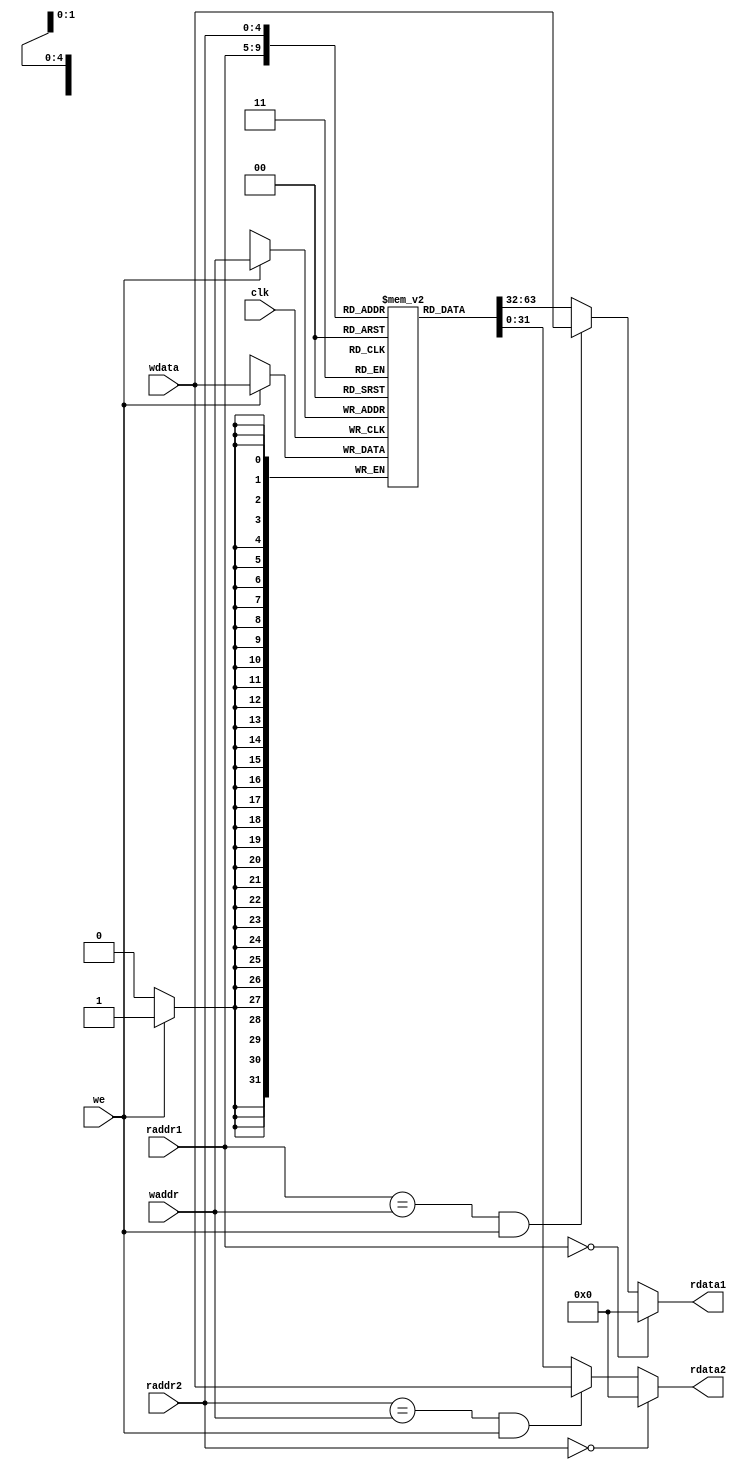
module regfile (clk, we, raddr1, raddr2, waddr, wdata,
                rdata1, rdata2);

    input  wire clk, we;
    input  wire [4:0] raddr1, raddr2, waddr;
    input  wire [31:0] wdata;
    output wire [31:0] rdata1, rdata2;

    reg [31:0] regs [31:0];

    assign rdata1 = raddr1 == 'b0 ? 32'b0 :
                    raddr1 == waddr && we ? wdata : regs[raddr1];

    assign rdata2 = raddr2 == 'b0 ? 32'b0 :
                    raddr2 == waddr && we ? wdata : regs[raddr2];

    always @ (posedge clk) begin
        if (we) regs[waddr] <= wdata;
    end
endmodule

module alunit (enable, op, a, b, result, resout);
    input wire enable;
    input wire [3:0] op;
    input wire [31:0] a, b;

    output reg [31:0] result;
    output reg resout;

    always @ (enable) begin
        if (!enable) begin
            resout = 'b0;
        end else begin
            case (op)
                4'b0000: begin // ADD
                    result = a + b;
                    resout = 'b1;
                end
                4'b1000: begin // SUB
                    result = a - b;
                    resout = 'b1;
                end
                4'b0001: begin // SLL
                    result = a << b;
                    resout = 'b1;
                end
                4'b0010: begin // SLT
                    result = {31'b0, $signed(a) < $signed(b)};
                    resout = 'b1;
                end
                4'b0011: begin // SLTU
                    result = a < b;
                    resout = 'b1;
                end
                4'b0100: begin // XOR
                    result = a ^ b;
                    resout = 'b1;
                end
                4'b0101: begin // SRL
                    result = a >> b;
                    resout = 'b1;
                end
                4'b1101: begin // SRA
                    result = a >>> b;
                    resout = 'b1;
                end
                4'b0110: begin // OR
                    result = a | b;
                    resout = 'b1;
                end
                4'b0111: begin // AND
                    result = a & b;
                    resout = 'b1;
                end
                default: resout = 'b0;
            endcase
        end
    end
endmodule

module BranchUnit (enable, op, a, b, resout);
    input wire enable;
    input wire [3:0] op;
    input wire [31:0] a, b;

    output reg resout;

    always @ (enable) begin
        if (!enable) begin
            resout = 'b0;
        end else begin
            case (op)
                4'b0000: begin // BEQ
                    resout = a == b;
                end
                4'b0001: begin // BNE
                    resout = a != b;
                end
                4'b0100: begin // BLT
                    resout = $signed(a) < $signed(b);
                end
                4'b0101: begin // BGE
                    resout = $signed(a) >= $signed(b);
                end
                4'b0110: begin // BLTU
                    resout = a < b;
                end
                4'b0111: begin // BGEU
                    resout = a >= b;
                end
                default: resout = 'b0;
            endcase
        end
    end
endmodule

module cpu (clk, reset);
    input wire clk;
    input wire reset;

    reg [31:0] memory [4096:0];
    reg [31:0] pc;
    reg [31:0] ins;
    reg writeenable;

    wire [4:0] readaddr1, readaddr2;
    reg  [4:0] writeaddr;
    reg  [31:0] writedata;
    wire [31:0] readdata1, readdata2;

    wire [6:0] opcode;
    wire [2:0] funct3;
    wire [6:0] funct7;
    wire [4:0] rs1;
    wire [4:0] rs2;
    wire [4:0] rd;
    wire [11:0] i_imm;
    wire [19:0] u_imm;

    reg [3:0] op;
    reg [31:0] l_operand, r_operand;

    reg aluenable;
    wire aluout;
    wire [31:0] res;

    reg [11:0] bimm;
    reg branchenable;
    wire branchout;

    reg [1:0] writeback;
    reg [31:0] wbval;

    regfile iregs (
        .clk (clk),
        .we  (writeenable),
        .raddr1 (readaddr1),
        .raddr2 (readaddr2),
        .waddr (writeaddr),
        .wdata (writedata),
        .rdata1 (readdata1),
        .rdata2 (readdata2)
    );

    alunit alu (
        .enable (aluenable),
        .a (l_operand),
        .b (r_operand),
        .result (res),
        .op (op),
        .resout (aluout)
    );

    BranchUnit bu (
        .enable (branchenable),
        .a (l_operand),
        .b (r_operand),
        .op (op),
        .resout (branchout)
    );

    assign opcode = ins[6:0];
    assign rd     = ins[11:7];
    assign funct3 = ins[14:12];
    assign rs1    = ins[19:15];
    assign rs2    = ins[24:20];
    assign funct7 = ins[31:25];
    assign i_imm  = ins[31:20];
    assign u_imm  = ins[31:12];

    assign readaddr1 = rs1;
    assign readaddr2 = rs2;

    integer i;
    always @ (posedge clk) begin

        // -- FETCH --

        if (reset) begin
            pc <= 32'b0;
            writeenable <= 'b0;
            aluenable <= 'b0;
            for (i = 0; i < 32; i = i + 1) begin
                iregs.regs[i] = 32'b0;
            end
        end else begin
            writeenable <= 0;
            ins <= memory[pc];
            pc  <= pc + 1;
        end

        // -- DECODE --

        case (opcode)
            7'b0110011: begin // R
                l_operand = readdata1;
                r_operand = readdata2;
                op = (funct7 >> 2) + funct3;
                aluenable = 'b1;
                writeback = 2'b1;
            end
            7'b0010011: begin // I
                l_operand = readdata1;
                r_operand = i_imm;
                op = funct3;
                aluenable = 'b1;
                writeback = 2'b1;
            end
            7'b0000011: begin // LOAD
                l_operand = readdata1;
                r_operand = i_imm;
                op = 4'b0;
                aluenable = 'b1;
                writeback  = 2'b11;
            end
            7'b0100011: begin // S
                l_operand = readdata1;
                r_operand = { {20{funct7[6]}}, funct7[6:0], rd};
                op = 4'b0;
                aluenable = 'b1;
                writeback = 2'b0;
            end
            7'b0110111: begin // LUI
                l_operand = u_imm << 12;
                r_operand = 32'b0;
                op = 4'b0;
                aluenable = 'b1;
                writeback = 2'b1;
            end
            7'b0010111: begin // AUIPC
                l_operand =  u_imm << 12;
                r_operand = pc-1;
                op = 4'b0;
                aluenable = 'b1;
                writeback = 2'b1;
            end
            7'b1100011: begin // B
                l_operand = readdata1;
                r_operand = readdata2;
                op = {1'b0, funct3};
                bimm = {ins[31], ins[7], ins[30:25], ins[11:8]};
                branchenable = 'b1;
                writeback = 2'b0;
            end
            7'b1101111: begin // JAL
                l_operand = {ins[31], ins[19:12], ins[21:20], ins[30:21], 12'b0};
                r_operand = pc-1;
                op = 4'b0;
                wbval = pc;
                writeback = 2'b10;
                aluenable = 'b1;
            end
            7'b1100111: begin // JALR
                l_operand = readdata1;
                r_operand = i_imm + (pc-1);
                op = 4'b0;
                wbval = pc;
                writeback = 2'b10;
                aluenable = 'b1;
            end
        endcase
    end

    // -- EXECUTE --

    // Integer computations and branch operations happen in ALU/BU

    always @ (branchout) begin
        if (branchout) begin
            pc <= pc + bimm;
        end

        branchenable <= 'b0;
    end

    // -- WRITEBACK --

    always @ (aluout) begin
        if (writeback == 2'b1) begin
            if (aluout) begin
                writeaddr <= rd;
                writedata <= res;
                writeenable <= 'b1;
            end
        end else if (writeback == 2'b10) begin
            writeaddr <= rd;
            writedata <= wbval;
            writeenable <= 'b1;

            if (aluout) begin
                pc <= res;
            end
        end else if (writeback == 2'b11) begin
            if (aluout) begin
                writeaddr <= rd;

                case (funct3)
                    3'b000: writedata <= {{24{memory[res][7]}}, memory[res][7:0]};   // LB
                    3'b001: writedata <= {{16{memory[res][15]}}, memory[res][15:0]}; // LH
                    3'b010: writedata <= memory[res];                                // LW
                    3'b100: writedata <= {24'b0, memory[res][7:0]};                  // LBU
                    3'b101: writedata <= {16'b0, memory[res][15:0]};                 // LHU
                endcase

                writeenable <= 'b1;
            end
        end else begin
            if (aluout) begin
                case (funct3)
                    3'b000: memory[res] <= readdata2[7:0];  // SB
                    3'b001: memory[res] <= readdata2[15:0]; // SH
                    3'b010: memory[res] <= readdata2;       // SW
                endcase
            end
        end

        aluenable <= 'b0;
    end
endmodule